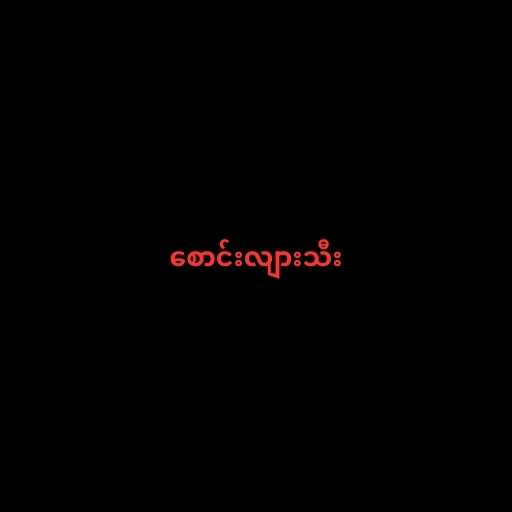
စောင်းလျားသီး